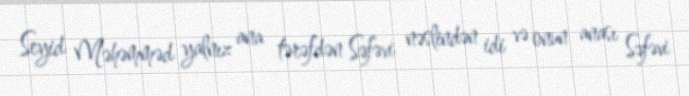
Seyid Məhəmməd yalnız ana tərəfdən Səfəvi nəslindən idi və onun anası Səfəvi